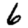
Digit: 6